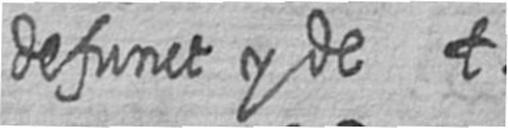
defunct y de t